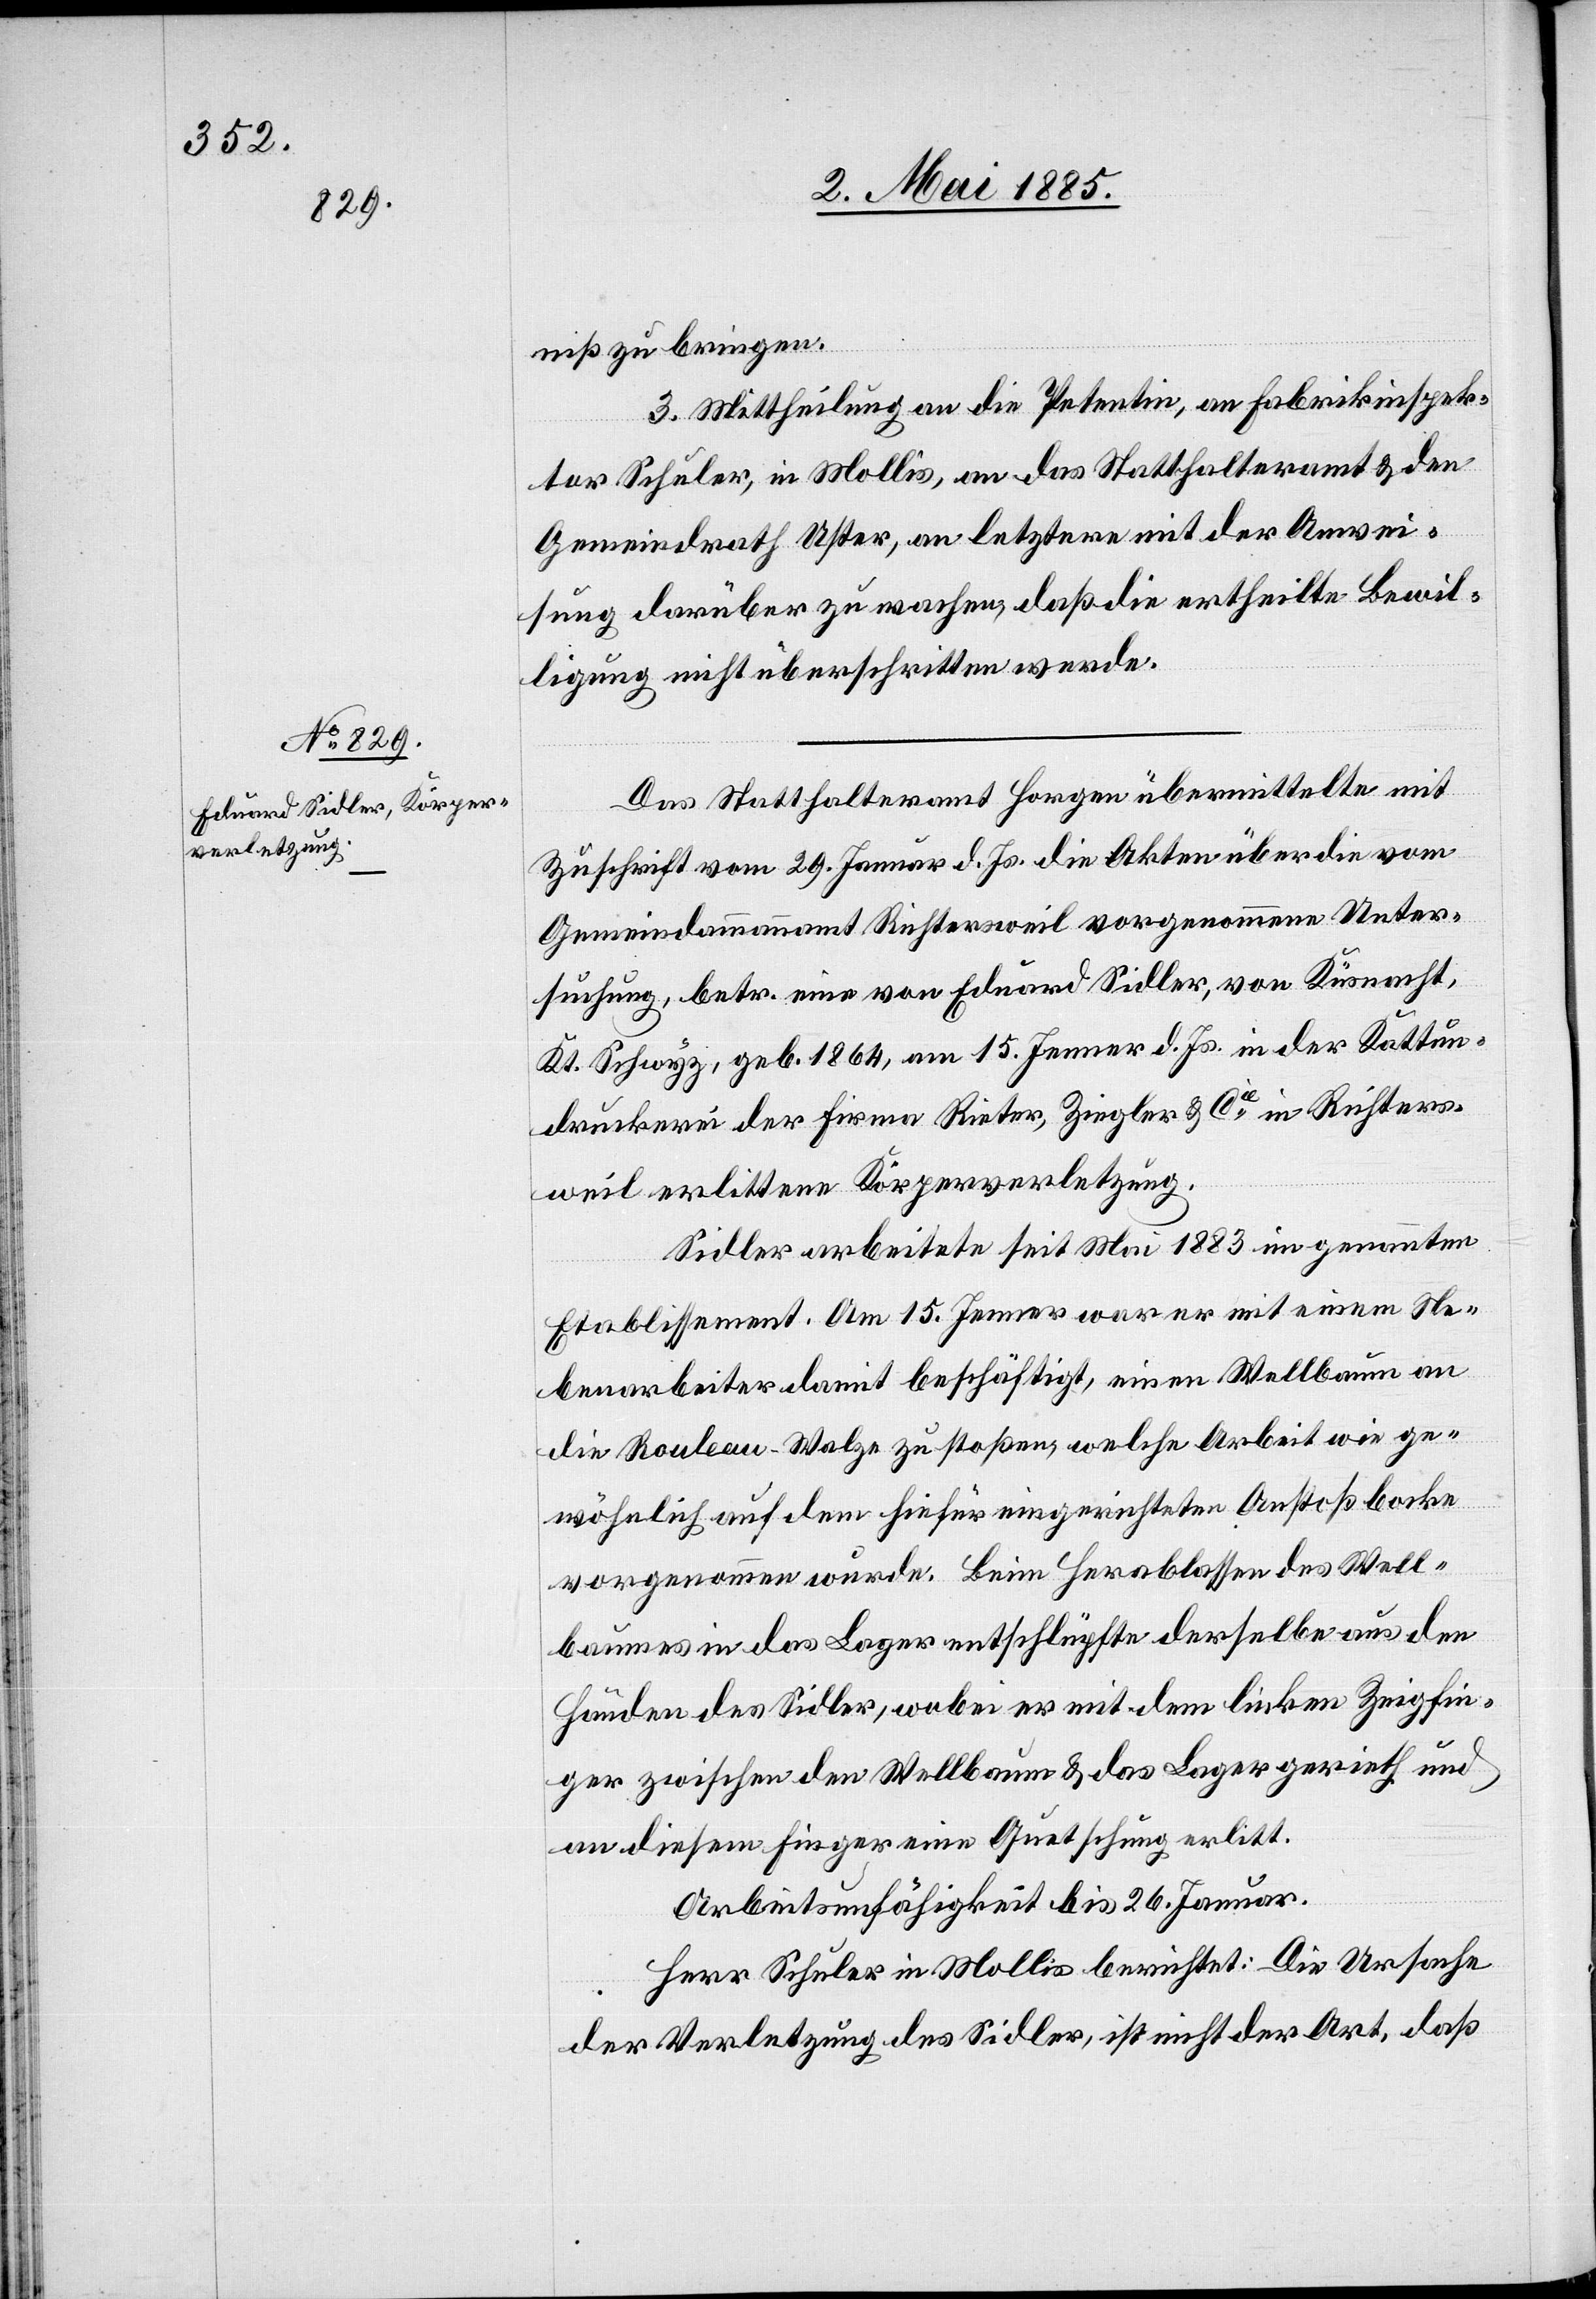
niß zu bringen.
3. Mittheilung an die Petentin, an Fabrikinspek¬
tor Schuler, in Mollis, an das Statthalteramt & den
Gemeindrath Uster, an letztern mit der Anwei¬
sung darüber zu wachen, daß die ertheilte Bewil¬
ligung nicht überschritten werde.
Das Statthalteramt Horgen übermittelte mit
Zuschrift vom 29. Januar d. Js. die Akten über die vom
Gemeindeammannamt Richtersweil vorgenommene Unter¬
suchung, betr. eine von Eduard Sidler, von Küsnacht,
Kt. Schwyz, geb. 1864, am 15. Januar d. Js. in der Kattun¬
druckerei der Firma Rieter, Ziegler & Cie in Richters¬
weil erlittene Körperverletzung.
Sidler arbeitete seit Mai 1883 im genannten
Etablissement. Am 15. Jenner war er mit einem Ne¬
benarbeiter damit beschäftigt, einen Wellbaum an
die Rouleau-Walze zu stoßen, welche Arbeit wie ge¬
wöhnlich auf dem hiefür eingerichteten Anstoßbocke
vorgenommen wurde. Beim Herablassen des Well¬
baumes in das Lager entschlüpfte derselbe aus den
Händen des Sidler, wobei er mit dem linken Zeigefin¬
ger zwischen den Wellbaum & das Lager gerieth und
an diesem Finger eine Quetschung erlitt.
Arbeitsunfähigkeit bis 26. Januar.
Herr Schuler in Mollis berichtet: die Ursache
der Verletzung des Sidler, ist nicht der Art, daß